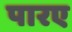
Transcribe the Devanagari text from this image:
पारए